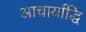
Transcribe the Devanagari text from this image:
आचार्याद्धि